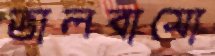
ভালবাসো